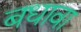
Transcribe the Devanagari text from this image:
बधावा